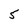
Character: 5